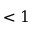
< 1